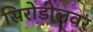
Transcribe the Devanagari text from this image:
सिरोडीलवर